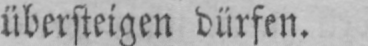
übersteigen dürfen.